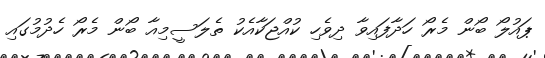
ޕައުލޯ ބޯން މެރޯ ހަދާފައިވާ ދިވެހި ކުއްޖަކާއެކު ތެލަސީމިއާ ބޯން މެރޯ ހެދުމުގައި